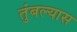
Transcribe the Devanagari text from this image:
तुंबल्यास